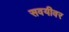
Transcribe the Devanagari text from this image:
सवयीवर